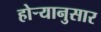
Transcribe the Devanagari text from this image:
होर्‍यानुसार